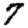
Digit: 7